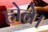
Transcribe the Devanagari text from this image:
होने।